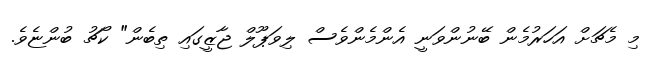
މި މެޗަށް އަހަރުމެން ބޭނުންވަނީ އެންމެންވެސް ލިވަޕޫލް ޖާޒީގައި ތިބެން" ކޯޗު ބުންޏެވެ.